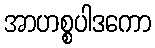
အာဟစ္စပါဒကော